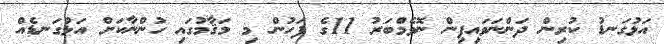
އަޅުގަނޑު ކުރިން ދަންނަވައިފިން ނޮވެމްބަރު 11ގެ ފަހުން މި މަޤާމުގައި ހުންނާކަށް އަޅުގަނޑެއް